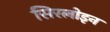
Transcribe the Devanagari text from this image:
सिरलोइन